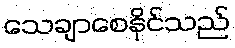
သေချာစေနိုင်သည်